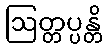
ဩတ္တပ္ပန္တိ